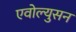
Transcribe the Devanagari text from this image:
एवोल्युसन